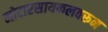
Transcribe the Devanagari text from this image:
मोटारसायकलवरून